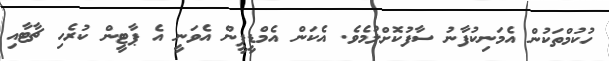
ހުކުމްތަކުން އެމަނިކުފާނު ސާފުކޮށްލުމެވެ. އެކަން އެމްޑީޕީން އެވަނީ އެ ޕާޓީން ކުރެހި ޗާޓާއި